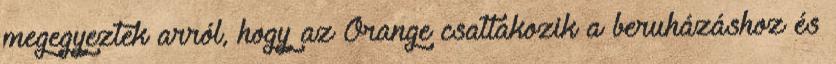
megegyeztek arról, hogy az Orange csatlakozik a beruházáshoz és